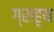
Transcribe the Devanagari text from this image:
ग्राहृय